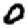
Digit: 0